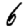
Digit: 6